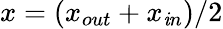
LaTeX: x=(x_{out}+x_{\mathit{i}n})/2